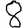
Digit: 8